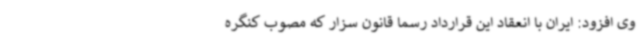
وی افزود: ایران با انعقاد این قرارداد رسما قانون سزار که مصوب کنگره